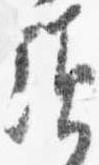
頃